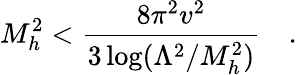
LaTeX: M_{h}^{2}<{\frac{8\pi^{2}v^{2}}{3\log(\Lambda^{2}/M_{h}^{2})}}\quad.